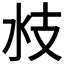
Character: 𣲰